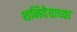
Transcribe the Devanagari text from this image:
शनिदेवाच्या